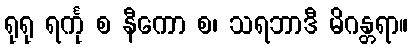
ရုရု ရင်္ကု စ နီကော စ၊ သရဘာဒီ မိဂန္တရာ။